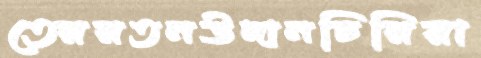
তেররতনউদানচিরিয়া